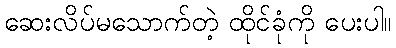
ဆေးလိပ်မသောက်တဲ့ ထိုင်ခုံကို ပေးပါ။